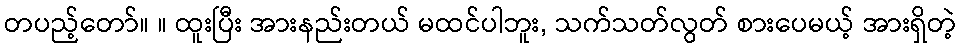
တပည့်တော်။ ။ ထူးပြီး အားနည်းတယ် မထင်ပါဘူး, သက်သတ်လွတ် စားပေမယ့် အားရှိတဲ့